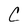
Character: C